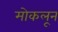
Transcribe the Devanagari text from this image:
मोकलून